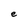
Character: e